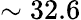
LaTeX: \sim 32.6